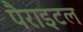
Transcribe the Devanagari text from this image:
पैराइटल